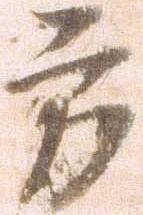
方